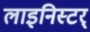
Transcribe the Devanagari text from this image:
लाइनिस्टर्